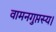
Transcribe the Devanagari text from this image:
वामनगुप्तस्य।